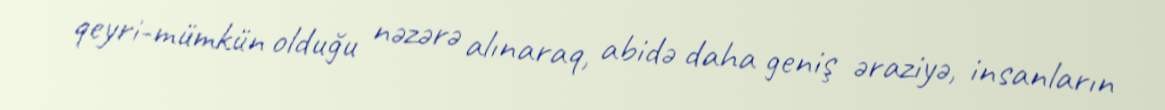
qeyri-mümkün olduğu nəzərə alınaraq, abidə daha geniş əraziyə, insanların